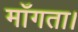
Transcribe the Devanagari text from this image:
माँगता।